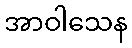
အာဝါသေန